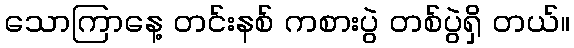
သောကြာနေ့ တင်းနစ် ကစားပွဲ တစ်ပွဲရှိ တယ်။